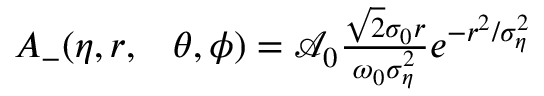
\begin{array} { r l } { A _ { - } ( \eta , r , } & { { } \theta , \phi ) = \mathcal { A } _ { 0 } \frac { \sqrt { 2 } \sigma _ { 0 } r } { \omega _ { 0 } \sigma _ { \eta } ^ { 2 } } e ^ { - r ^ { 2 } / \sigma _ { \eta } ^ { 2 } } } \end{array}